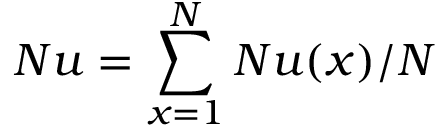
N u = \sum _ { x = 1 } ^ { N } N u ( x ) / N